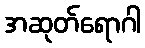
အဆုတ်ရောဂါ